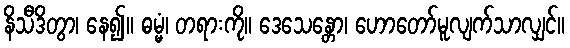
နိသီဒိတွာ၊ နေ၍။ ဓမ္မံ၊ တရားကို။ ဒေသေန္တော၊ ဟောတော်မူလျက်သာလျှင်။